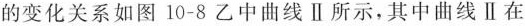
的变化关系如图10-8乙中曲线Ⅱ所示，其中曲线Ⅱ在